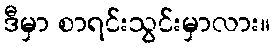
ဒီမှာ စာရင်းသွင်းမှာလား။